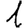
Digit: 1